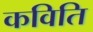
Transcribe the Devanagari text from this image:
कविति